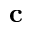
\mathbf { c }